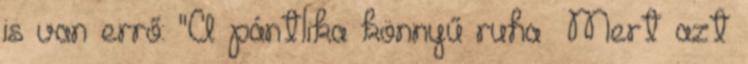
is van errő: "A pántlika könnyű ruha Mert azt